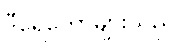
ဒီရေတောများသည်